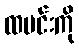
ထမင်းကို